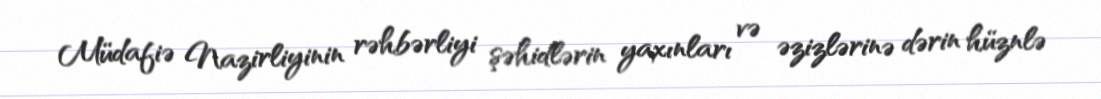
Müdafiə Nazirliyinin rəhbərliyi şəhidlərin yaxınları və əzizlərinə dərin hüznlə